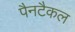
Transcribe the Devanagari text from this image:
पैनटैकल